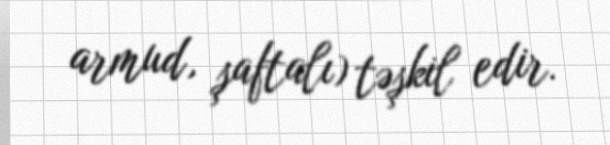
armud, şaftalı) təşkil edir.